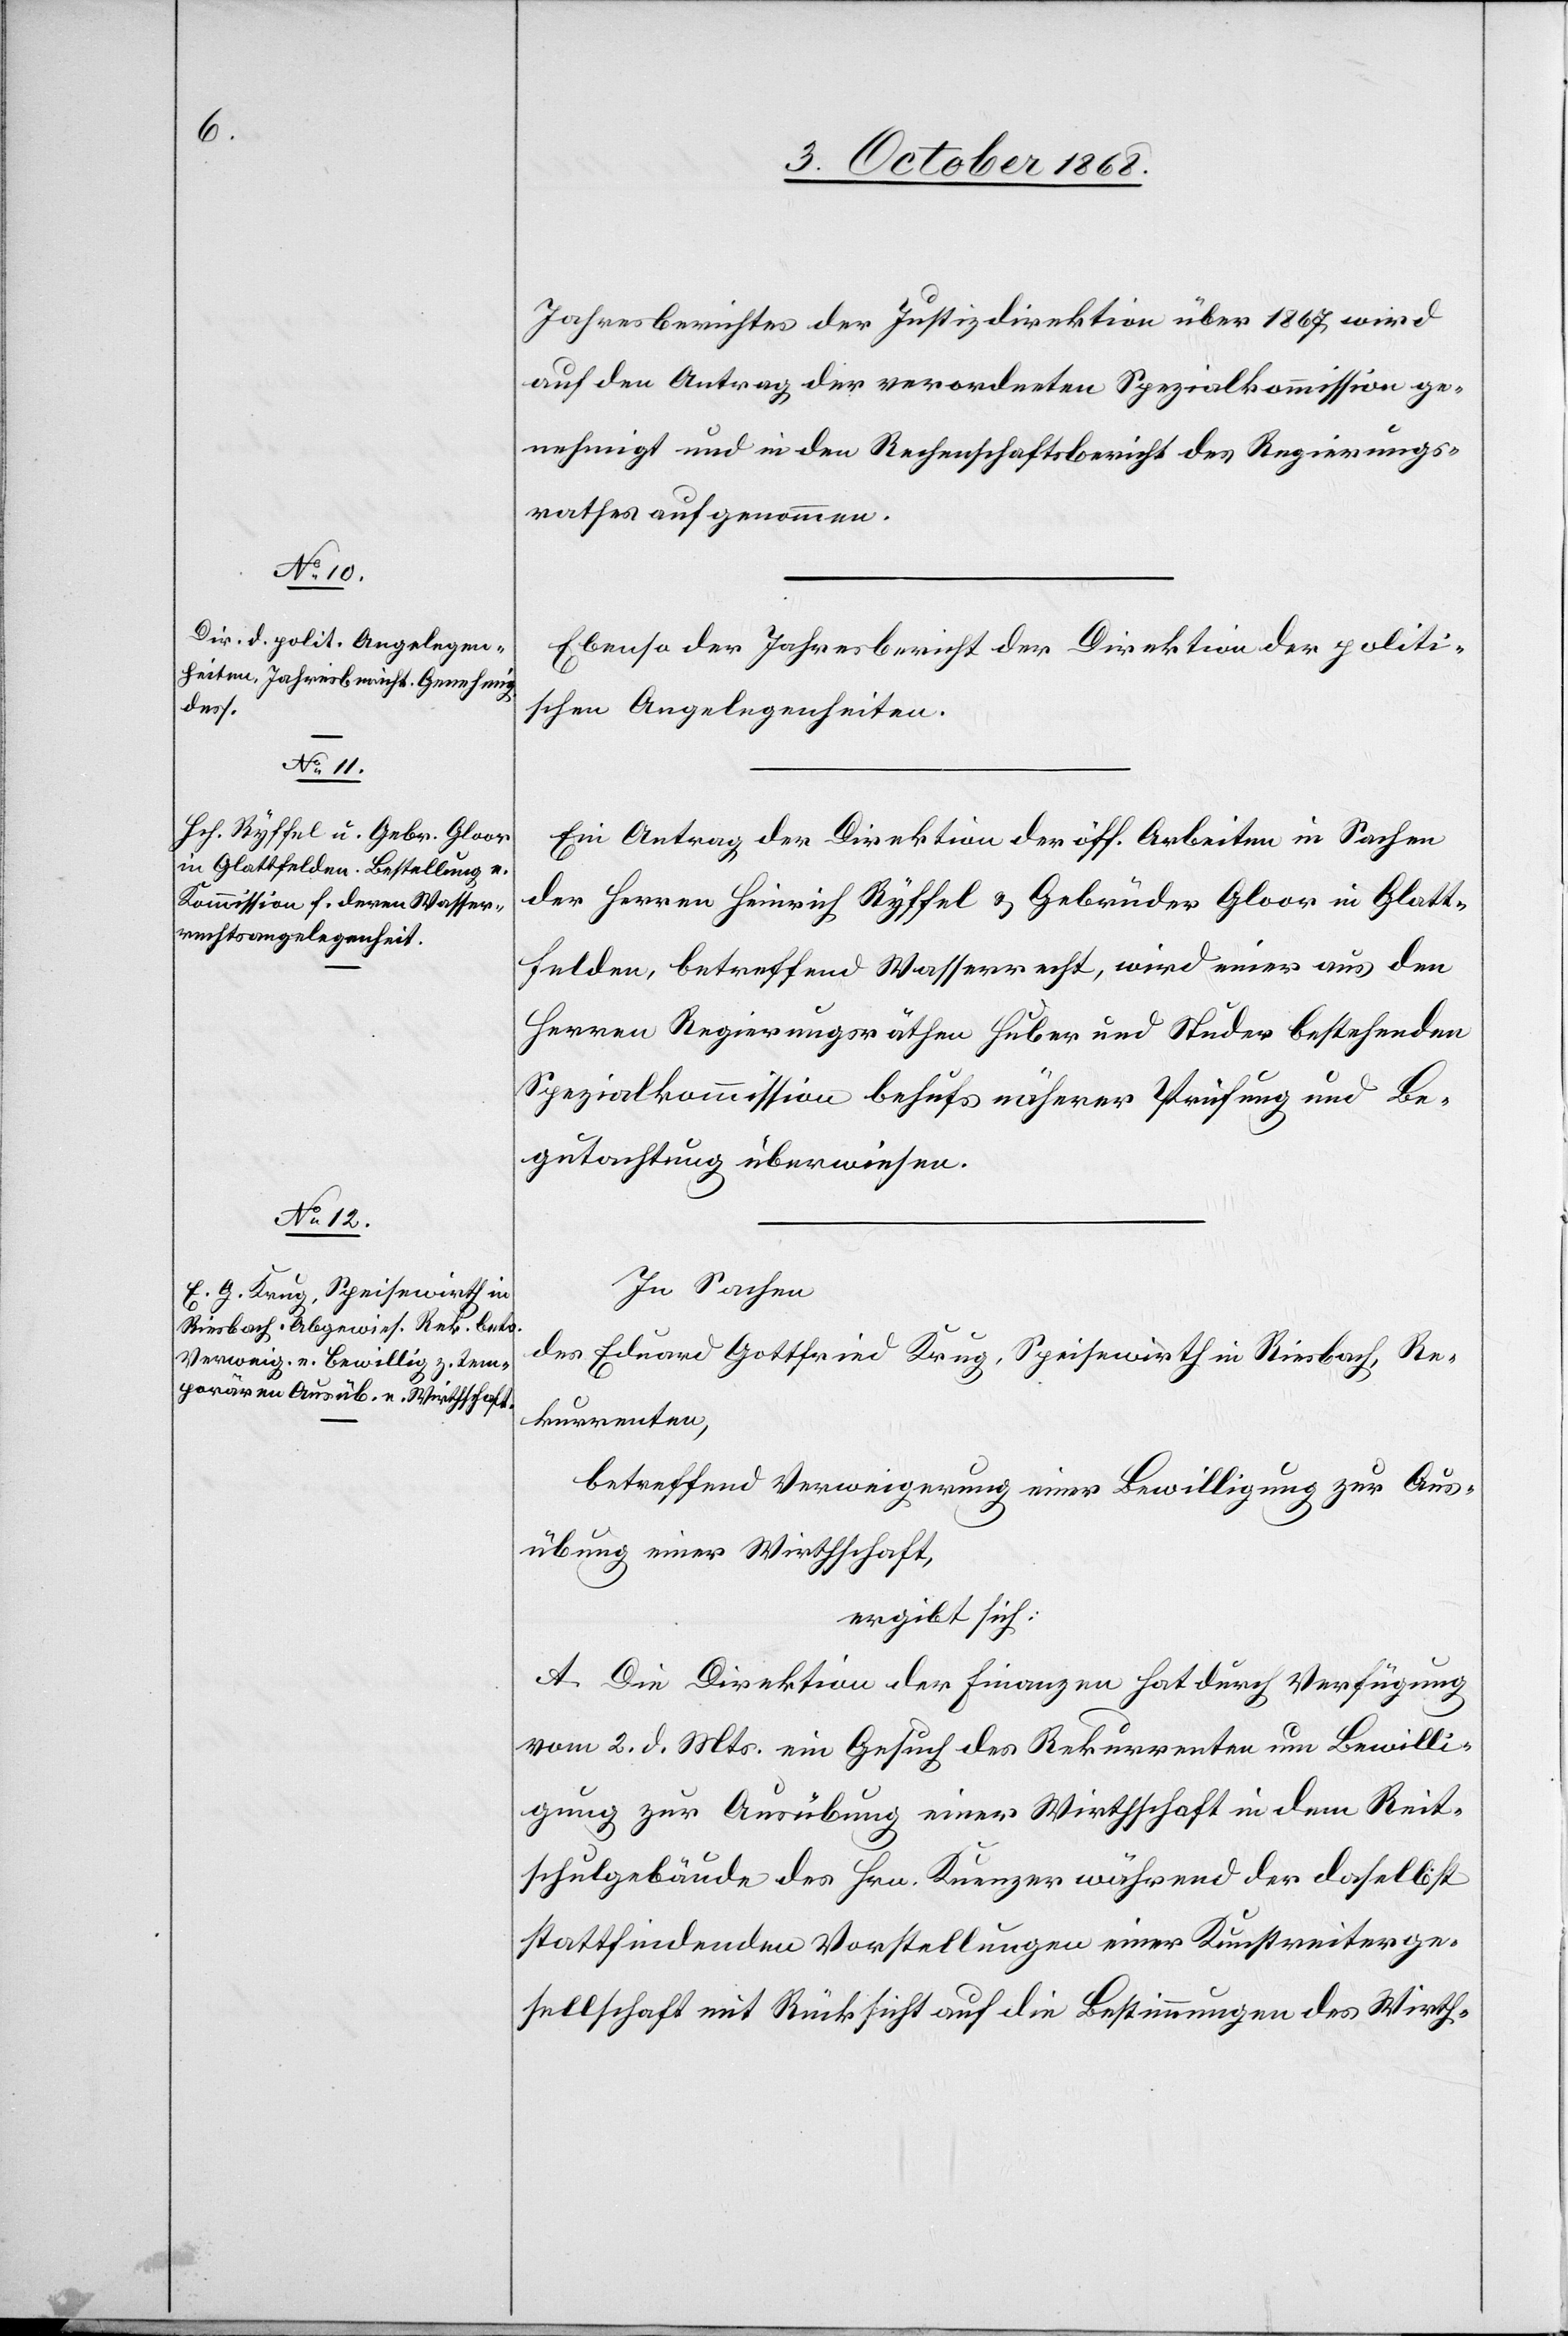
Jahresberichtes der Justizdirektion über 1867 wird
auf den Antrag der verordneten Spezialkommission ge¬
nehmigt und in den Rechenschaftsbericht des Regierungs¬
rathes aufgenommen.
Ebenso der Jahresbericht der Direktion der politi¬
schen Angelegenheiten.
Ein Antrag der Direktion der öff. Arbeiten in Sachen
der Herren Heinrich Ryffel & Gebrüder Gloor in Glatt¬
felden, betreffend Wasserrecht, wird einer aus den
Herren Regierungsräthen Huber und Studer bestehenden
Spezialkommission behufs näherer Prüfung und Be¬
gutachtung überwiesen.
In Sachen
des Eduard Gottfried Krug, Speisewirth in Riesbach, Re¬
kurrenten,
betreffend Verweigerung einer Bewilligung zur Aus¬
übung einer Wirthschaft,
ergibt sich:
A. Die Direktion der Finanzen hat durch Verfügung
vom 2. d. Mts. ein Gesuch des Rekurrenten um Bewilli¬
gung zur Ausübung einer Wirthschaft in dem Reit¬
schulgebäude des Hrn. Kuenzer während der daselbst
stattfindenden Vorstellungen einer Kunstreiterge¬
sellschaft mit Rücksicht auf die Bestimmungen des Wirth-